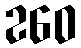
260